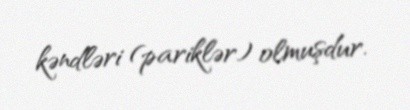
kəndləri (pariklər) olmuşdur.